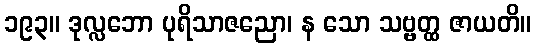
၁၉၃။ ဒုလ္လဘော ပုရိသာဇညော၊ န သော သဗ္ဗတ္ထ ဇာယတိ။